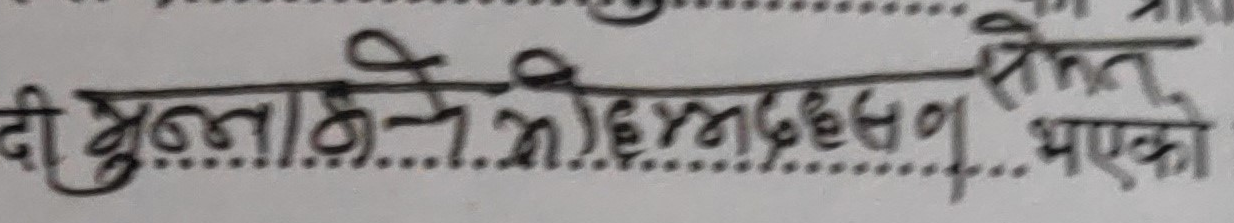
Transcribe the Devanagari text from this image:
दी मुलाहिजाले छानबिन भएको